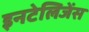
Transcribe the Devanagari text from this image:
इनटेलिजेंस